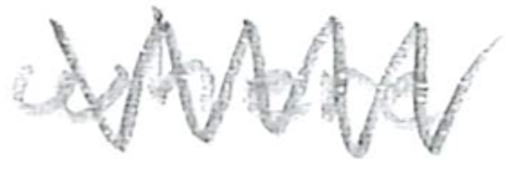
Text: where
Cross-out: mix
Writing tool: pencil